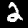
Digit: 2